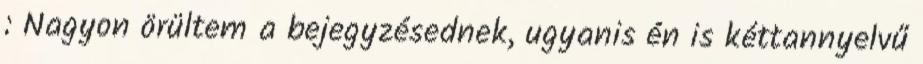
: Nagyon örültem a bejegyzésednek, ugyanis én is kéttannyelvű